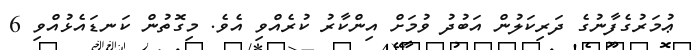
ޢުމަރުގެފާނުގެ ދަރިކަލުން އަބުދު ވުމަށް އިންކާރު ކުރެއްވި އެވެ. މިގޮތުން ކަނޑައެޅުއްވި 6